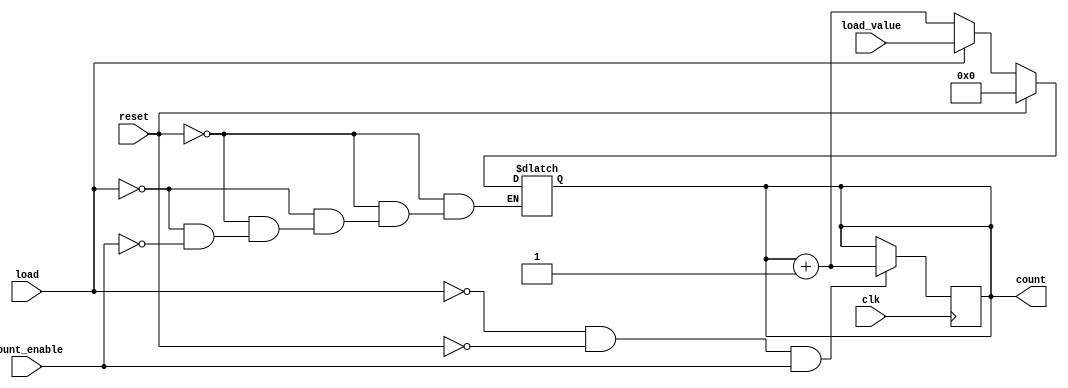
module async_load_counter (
    input wire clk,                // Clock signal
    input wire reset,              // Asynchronous reset signal
    input wire load,               // Load control signal
    input wire count_enable,       // Count enable signal
    input wire [N-1:0] load_value, // Parallel load input bus
    output reg [N-1:0] count       // Counter output
);
    parameter N = 8; // Width of the counter (number of bits)

    // Asynchronous reset and load
    always @(*) begin
        if (reset) begin
            count = 0; // Reset the counter to zero
        end else if (load) begin
            count = load_value; // Load the preset value
        end else if (count_enable) begin
            count = count + 1; // Increment the counter
        end
    end

    // Sequential logic for counting on clock edge
    always @(posedge clk) begin
        // Only allow counting if not loading or resetting
        if (!load && !reset && count_enable) begin
            count <= count + 1; // Increment the counter
        end
    end

endmodule